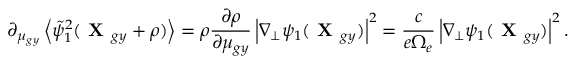
\partial _ { \mu _ { g y } } \left\langle \tilde { \psi } _ { 1 } ^ { 2 } ( \textbf { X } _ { g y } + \boldsymbol { \rho } ) \right\rangle = \rho \frac { \partial \rho } { \partial \mu _ { g y } } \left| \nabla _ { \perp } \psi _ { 1 } ( \textbf { X } _ { g y } ) \right| ^ { 2 } = \frac { c } { e \Omega _ { e } } \left| \nabla _ { \perp } \psi _ { 1 } ( \textbf { X } _ { g y } ) \right| ^ { 2 } .